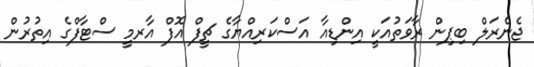
ޖެނެރަލް ބިޕިން ރާވަތުއަކީ އިންޑިއާ އަސްކަރިއްޔާގެ ޗީފް އޮފް އާރމީ ސްޓާފްގެ އިތުރުން